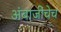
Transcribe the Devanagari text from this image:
अंबाजींचेच